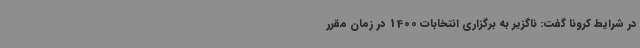
در شرایط کرونا گفت: ناگزیر به برگزاری انتخابات 1400 در زمان مقرر